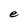
Character: e